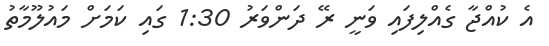
އެ ކުއްޖާ ގެއްލިފައި ވަނީ ރޭ ދަންވަރު 1:30 ގައި ކަމަށް މައުލޫމާތު